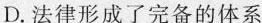
D.法律形成了完备的体系